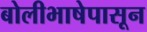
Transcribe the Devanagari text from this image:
बोलीभाषेपासून